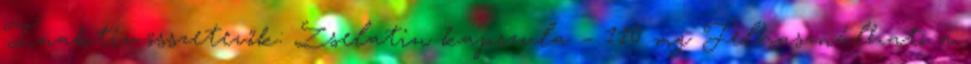
Inaktív összetevők: Zselatin kapszula – 110 mg Felhasználható a